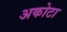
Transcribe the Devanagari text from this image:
अकोटा